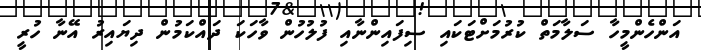
އަންހެންމީހާ ސަލާމަތް ކުރުމަށްޓަކައި ސިފައިންނާއި ފުލުހުން ވާހަކަ ދައްކަމުން ދިޔައިރު އޭނާ ހުރީ